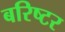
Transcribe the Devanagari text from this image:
बरिष्टर